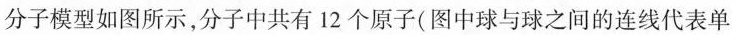
分子模型如图所示，分子中共有12个原子(图中球与球之间的连线代表单